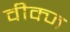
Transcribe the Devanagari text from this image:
वीक्ज